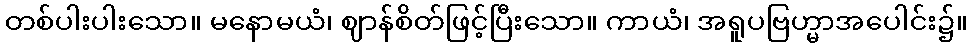
တစ်ပါးပါးသော။ မနောမယံ၊ ဈာန်စိတ်ဖြင့်ပြီးသော။ ကာယံ၊ အရူပဗြဟ္မာအပေါင်း၌။